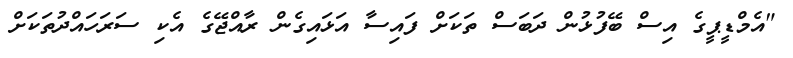
"އެމްޑީޕީގެ އިސް ބޭފުޅުން ދަބަސް ތަކަށް ފައިސާ އަޅައިގެން ރާއްޖޭގެ އެކި ސަރަހައްދުތަކަށް